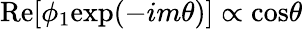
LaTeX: \mathrm{Re}[\phi_{1}\mathrm{exp}(-im\theta)]\propto\mathrm{cos}\theta